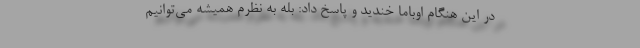
در این هنگام اوباما خندید و پاسخ داد: بله به نظرم همیشه می‌توانیم